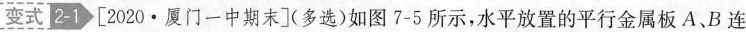
[变式] 2-1 [2020·厦门一中期末](多选)如图7-5所示，水平放置的平行金属板A、B连